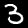
Label: 3